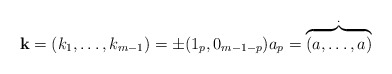
\begin{align*}\mathbf{k} = (k_1,\ldots,k_{m-1})= \pm(1_p, 0_{m-1-p}) a_p = \overbrace{(a,\ldots, a)}^.\end{align*}